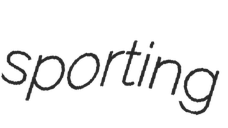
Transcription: sporting